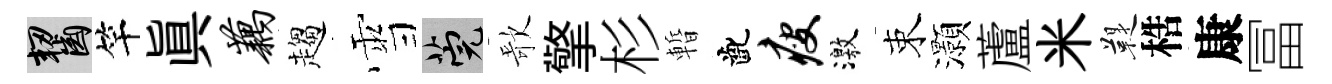
齧竿眞藕趨雪筦歌擎杉暫齔瘦激束灝蘆米鞮梏康冨